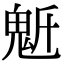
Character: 𩲔